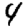
Digit: 4